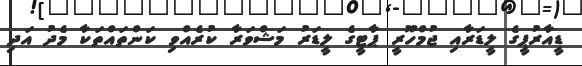
ޑީއާރުޕީގެ ލީޑަރާއި ޖުމްހޫރީ ޕާޓީގެ ލީޑަރު މަޝްވަރާ ކުރެއްވި ކަންތައްތަކާ މެދު އަދި